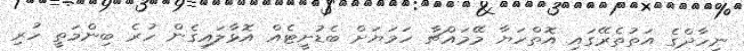
ނިހާދްގެ އަތުތެރޭގައި އޮތްހަޔާ މޭމައްޗާ ހަމަޔަށް ބެޑުށީޓެއް އޮޅާލައިގެން ހުރެ ބިންމަތީ ހުރި